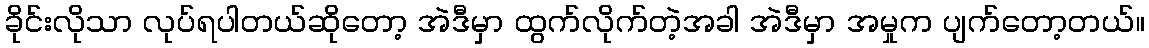
ခိုင်းလိုသာ လုပ်ရပါတယ်ဆိုတော့ အဲဒီမှာ ထွက်လိုက်တဲ့အခါ အဲဒီမှာ အမှုက ပျက်တော့တယ်။